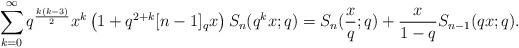
LaTeX: \begin{align*} \sum_{k=0}^{\infty} q^{\frac{k(k-3)}{2}} x^k \left(1+q^{2+k}[n-1]_qx\right)S_n(q^kx;q) = S_n(\frac{x}{q};q)+\frac{x}{1-q} S_{n-1}(qx;q). \end{align*}